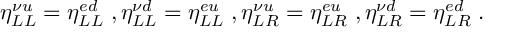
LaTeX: \eta _ { L L } ^ { \nu u } = \eta _ { L L } ^ { e d } \; , \eta _ { L L } ^ { \nu d } = \eta _ { L L } ^ { e u } \; , \eta _ { L R } ^ { \nu u } = \eta _ { L R } ^ { e u } \; , \eta _ { L R } ^ { \nu d } = \eta _ { L R } ^ { e d } \; .